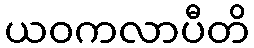
ယဝကလာပီတိ